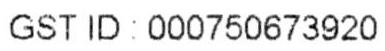
GST ID: 000750673920